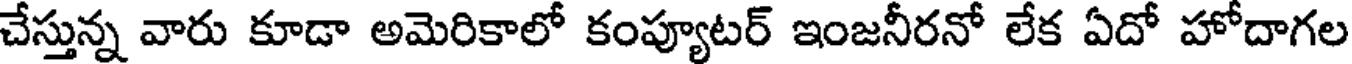
చేస్తున్న వారు కూడా అమెరికాలో కంప్యూటర్ ఇంజనీరనో లేక ఏదో హోదాగల